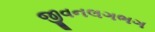
જીવનલગભગ